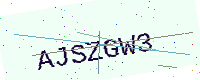
Text: AJSZGW3